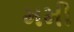
મમી